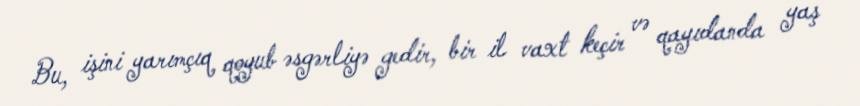
Bu, işini yarımçıq qoyub əsgərliyə gedir, bir il vaxt keçir və qayıdanda yaş